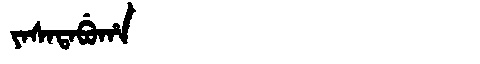
Manchu: ᠶᠠᠰᠠᡨᠠᠪᡠᡥᠠ
Romanization: YASATABUHA